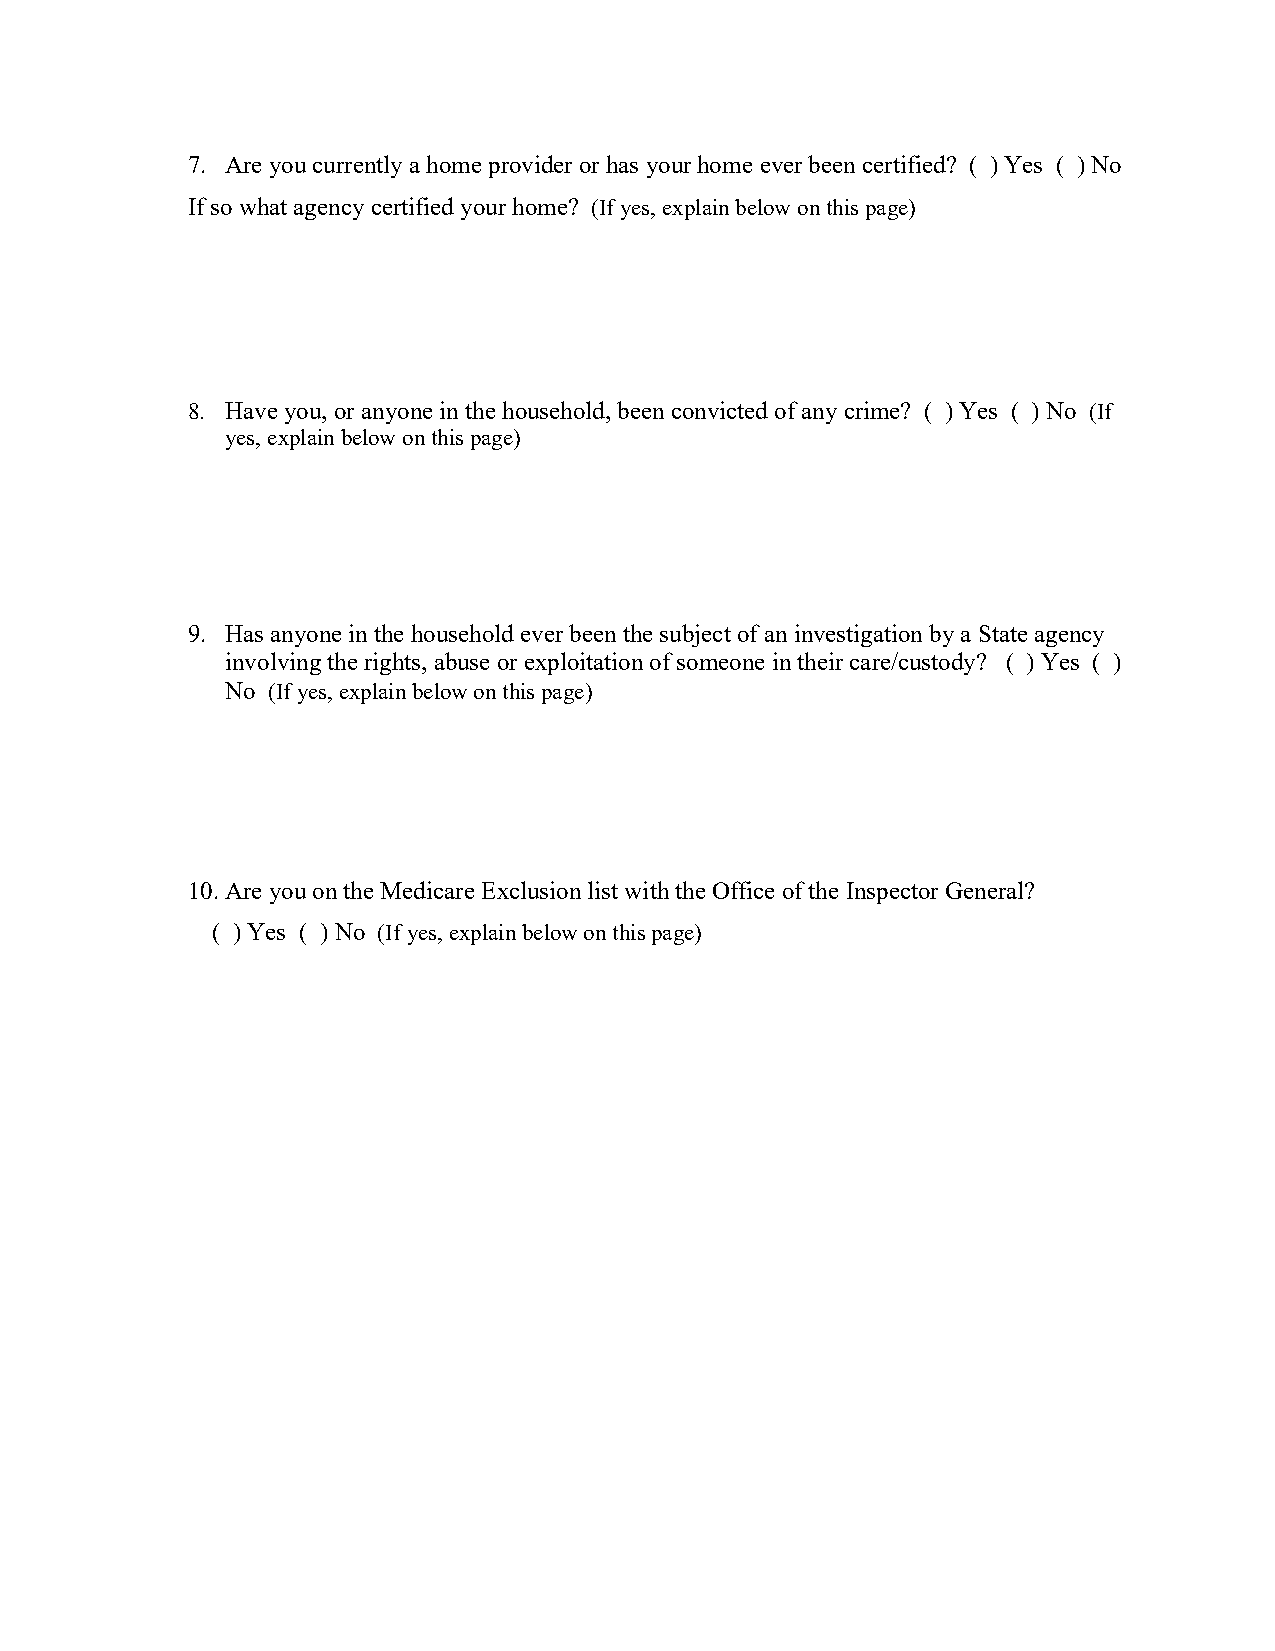
7. Are you currently a home provider or has your home ever been certified? ( ) Yes ( ) No
 If so what agency certified your home? (If yes, explain below on this page)
 8. Have you, or anyone in the household, been convicted of any crime? ( ) Yes ( ) No (If
 yes, explain below on this page)
 9. Has anyone in the household ever been the subject of an investigation by a State agency
 involving the rights, abuse or exploitation of someone in their care/custody? ( ) Yes ( )
 No (If yes, explain below on this page)
 10. Are you on the Medicare Exclusion list with the Office of the Inspector General?
 ( ) Yes ( ) No (If yes, explain below on this page)